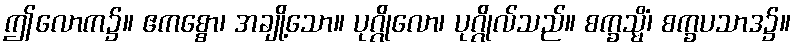
ဤလောက၌။ ဧကစ္စော၊ အချို့သော။ ပုဂ္ဂိုလော၊ ပုဂ္ဂိုလ်သည်။ စက္ခသ္မိံ၊ စက္ခပသာဒ၌။